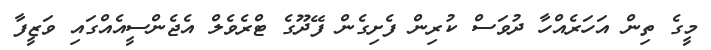
މީގެ ތިން އަހަރެއްހާ ދުވަސް ކުރިން ފެށިގެން ފޭދޫގެ ޓްރެވެލް އެޖެންސީއެއްގައި ވަޒީފާ